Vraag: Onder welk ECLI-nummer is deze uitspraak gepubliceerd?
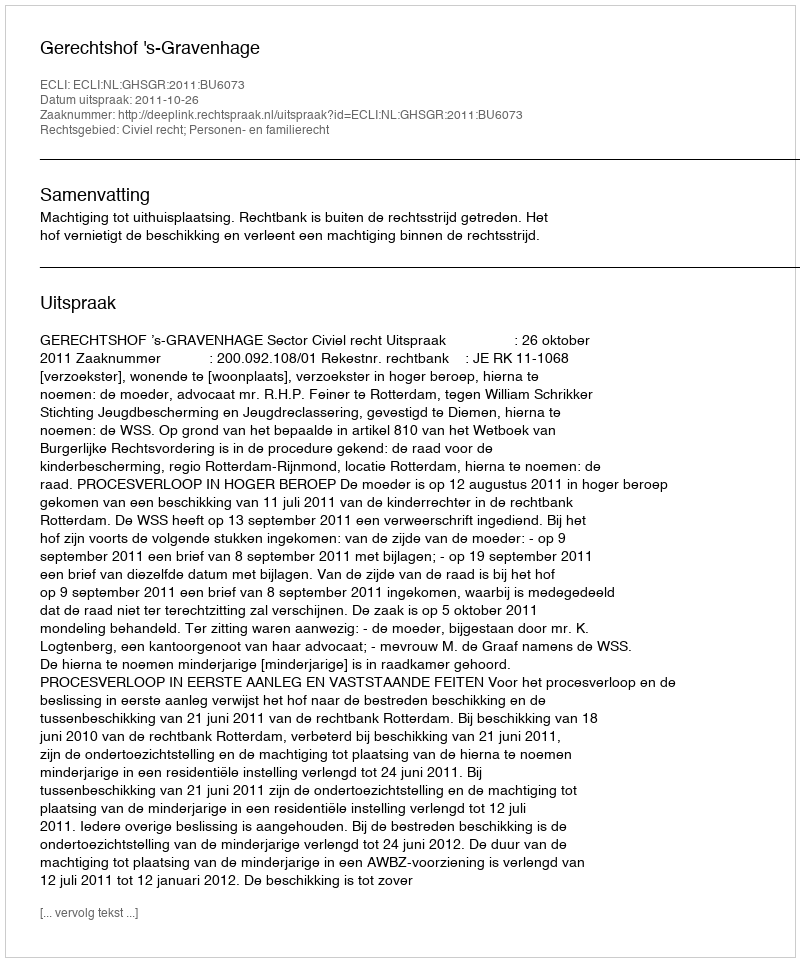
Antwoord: ECLI:NL:GHSGR:2011:BU6073